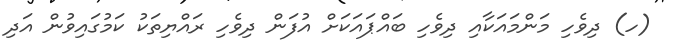
(ހ) ދިވެހި މަންމައަކާއި ދިވެހި ބައްޕައަކަށް އުފަން ދިވެހި ރައްޔިތަކު ކަމުގައިވުން އަދި